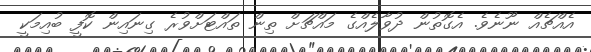
އެއްޗެއް ނޫނެވެ. އެގޮތުން ދުވާލެއްގެ މައްޗަށް ތިން ތައްޓަށްވުރެ ގިނައިން ކޮފީ ބުއިމަކީ